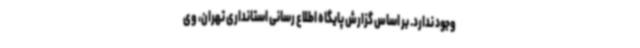
وجود ندارد. بر اساس گزارش پایگاه اطلاع رسانی استانداری تهران، وی